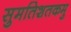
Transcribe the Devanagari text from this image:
सुमतिशतकमु